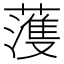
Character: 𮑮